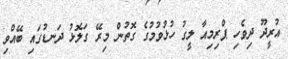
އުރީދޫ ދިވެހި ޕްރިމިއާ ލީގު ހުޅުވުމުގެ ގޮތުން މިރޭ ގަލޮޅު ދަނޑުގައި ބޭއްވި